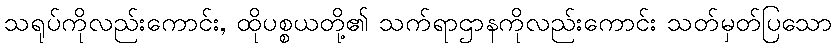
သရုပ်ကိုလည်းကောင်း, ထိုပစ္စယတို့၏ သက်ရာဌာနကိုလည်းကောင်း သတ်မှတ်ပြသော